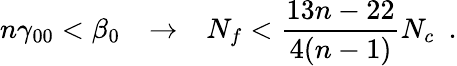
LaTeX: n\gamma_{00}<\beta_{0}~~~\to~~~N_{f}<{\frac{13n-22}{4(n-1)}}N_{c}~~.